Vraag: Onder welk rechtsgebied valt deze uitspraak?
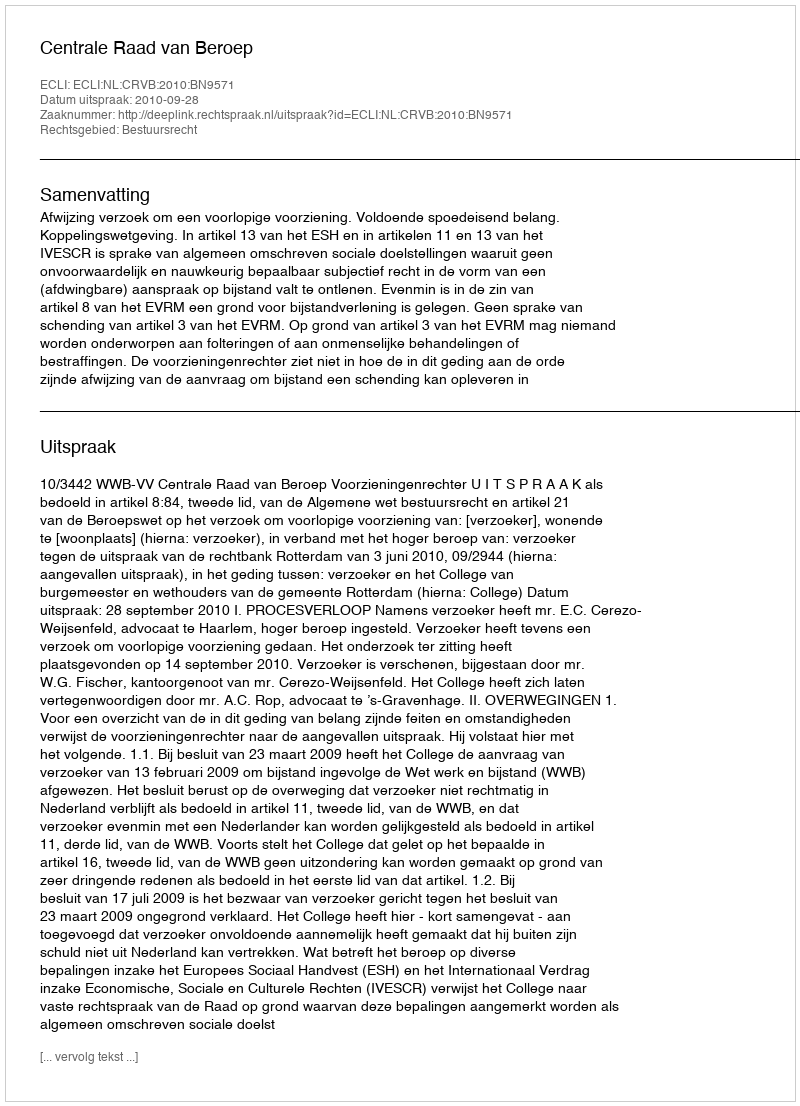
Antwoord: Bestuursrecht